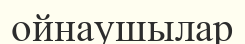
ойнаушылар